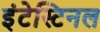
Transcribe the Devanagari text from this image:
इंटेस्टिनल